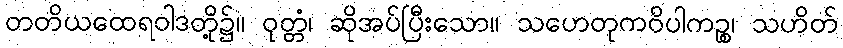
တတိယထေရဝါဒတို့၌။ ဝုတ္တံ၊ ဆိုအပ်ပြီးသော။ သဟေတုကဝိပါကဉ္စ၊ သဟိတ်